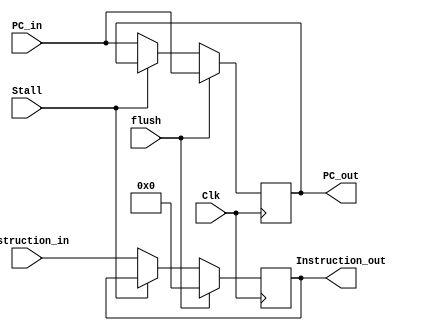
`timescale 1ns / 1ps
//////////////////////////////////////////////////////////////////////////////////
// Company: 
// Engineer: 
// 
// Create Date: 
// Design Name: 
// Module Name: 
// Project Name: 
// Target Devices: 
// Tool Versions: 
// Description: 
// 
// Dependencies: 
// 
// Revision:
// Revision 0.01 - File Created
// Additional Comments:
// 
//////////////////////////////////////////////////////////////////////////////////


module IF_ID_Reg(Clk, flush, Stall, Instruction_in, PC_in , Instruction_out, PC_out);

    input Clk, flush, Stall;

    input [31:0] Instruction_in, PC_in;

    output reg [31:0] Instruction_out, PC_out;
    
    always@(posedge Clk)begin
        if(flush == 1'b1)begin
            Instruction_out <= 32'b0;
            PC_out          <= PC_in;
        end

        else if (Stall == 1'b1) begin
        	
        end

    	else begin
            Instruction_out <= Instruction_in;
            PC_out          <= PC_in;
      	end
    end
endmodule